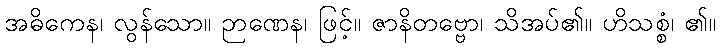
အဓိကေန၊ လွန်သော။ ဉာဏေန၊ ဖြင့်။ ဇာနိတဗ္ဗော၊ သိအပ်၏။ ဟိသစ္စံ၊ ၏။